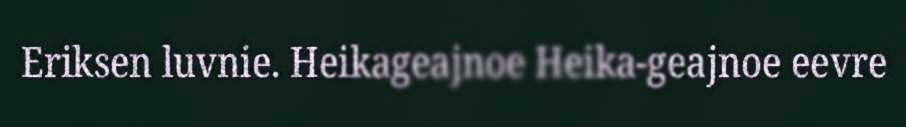
Eriksen luvnie. Heikageajnoe Heika-geajnoe eevre